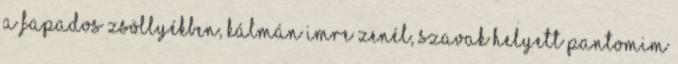
a fapados zsöllyékben, Kálmán Imre zenél, szavak helyett pantomim